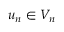
u _ { n } \in V _ { n }